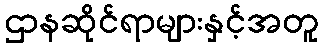
ဌာနဆိုင်ရာများနှင့်အတူ